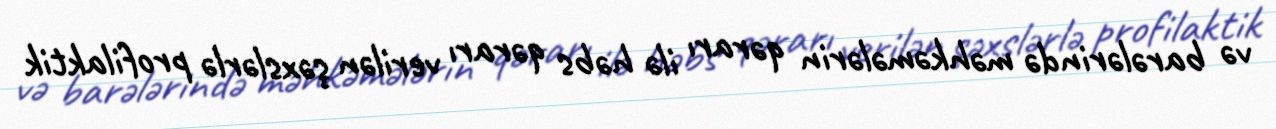
və barələrində məhkəmələrin qərarı ilə həbs qərarı verilən şəxslərlə profilaktik